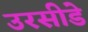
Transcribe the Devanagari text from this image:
उरसीडे